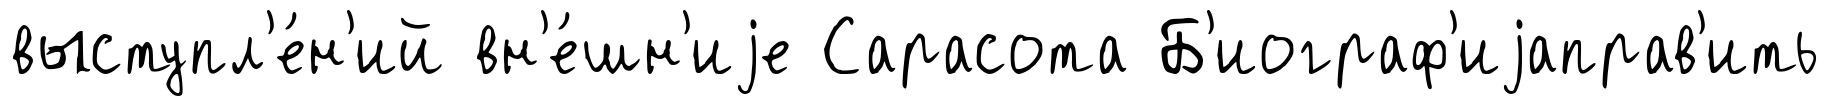
выступл'е́н'ий вн'е́шн'иjе Сарасота Б'иограф'иjаправ'ить